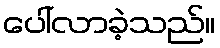
ပေါ်လာခဲ့သည်။